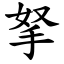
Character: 拏